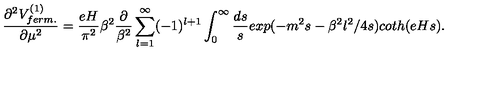
\frac { \partial ^ { 2 } V _ { f e r m . } ^ { ( 1 ) } } { \partial \mu ^ { 2 } } = \frac { e H } { \pi ^ { 2 } } \beta ^ { 2 } \frac { \partial } { \beta ^ { 2 } } \sum _ { l = 1 } ^ { \infty } ( - 1 ) ^ { l + 1 } \int _ { 0 } ^ { \infty } \frac { d s } { s } e x p ( - m ^ { 2 } s - \beta ^ { 2 } l ^ { 2 } / 4 s ) c o t h ( e H s ) .